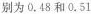
别为0.48和0.51